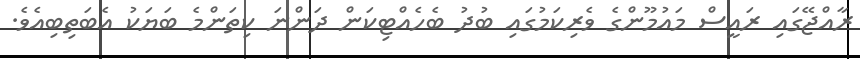
ރާއްޖޭގައި ރައީސް މައުމޫންގެ ވެރިކަމުގައި ބުދު ބެހެއްޓިކަން ދަންނަ ކިތަންމެ ބަޔަކު އެބަތިބިއެވެ.